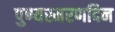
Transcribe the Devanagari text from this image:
पुण्यस्मरणदिन